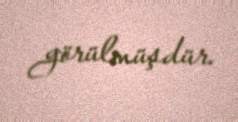
görülmüşdür.